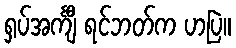
ရှပ်အင်္ကျီ ရင်ဘတ်က ဟပြဲ။